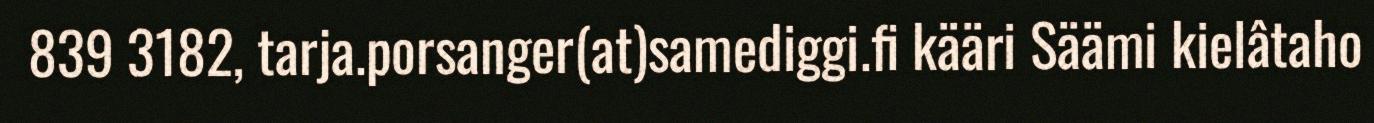
839 3182, tarja.porsanger(at)samediggi.fi kääri Säämi kielâtaho